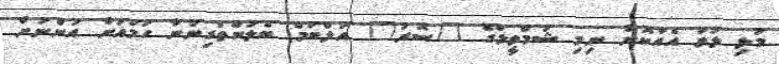
މުޅި ލަވަ އެއްކޮށް ނިމި ޝަމްވީލްގެ "ސޮރު" އަލްބަމް ބެލުންތެރިންނާ ހަމައަށް އަންނަށް